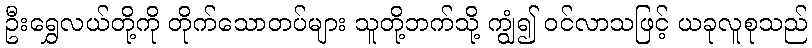
ဦးရွှေလယ်တို့ကို တိုက်သောတပ်များ သူတို့ဘက်သို့ ကျွံ၍ ဝင်လာသဖြင့် ယခုလူစုသည်